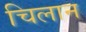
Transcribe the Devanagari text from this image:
चिलान